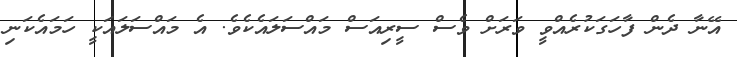
އޭނާ ދެން ފާހަގަކުރެއްވީ ވަރަށް ވެސް ސީރިއަސް މައްސަލައެކެވެ. އެ މައްސަލައަކީ ހަމައެކަނި